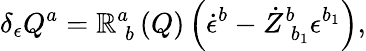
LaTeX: \delta_{\epsilon}Q^{a}=\mathbb{R}_{\; b}^{a}\left(Q\right)\left(\dot{{\epsilon}}^{b}-\dot{{Z}}_{\; b_{1}}^{b}\epsilon^{b_{1}}\right),